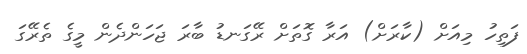
ފަތިހު މިއަށް (ކާރަށް) އަރާ ގޮތަށް ރޭގަނޑު ބާރަ ޖަހަންދެން މީގެ ތެރޭގަ